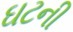
ઘટની